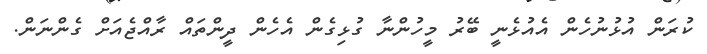
ކުރަން އުޅުނުހެން އެއުޅެނީ ބޭރު މީހުންނާ ގުޅިގެން އެހެން ދީންތައް ރާއްޖެއަށް ގެންނަން.